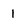
Character: 1